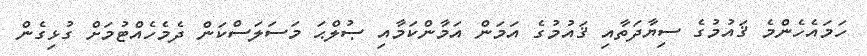
ހަމައެހެންމެ ޤައުމުގެ ސިޔާދަތާއި ޤައުމުގެ އަމަން އަމާންކަމާއި ޞުލްޙަ މަސަލަސްކަން ދެމެހެއްޓުމަށް ގުޅިގެން